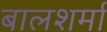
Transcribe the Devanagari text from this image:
बालशर्मा